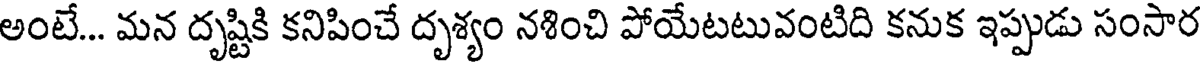
అంటే... మన దృష్టికి కనిపించే దృశ్యం నశించి పోయేటటువంటిది కనుక ఇప్పుడు సంసార